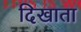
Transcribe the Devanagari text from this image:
दिखाता